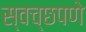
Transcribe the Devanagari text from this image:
स्वच्छपणे